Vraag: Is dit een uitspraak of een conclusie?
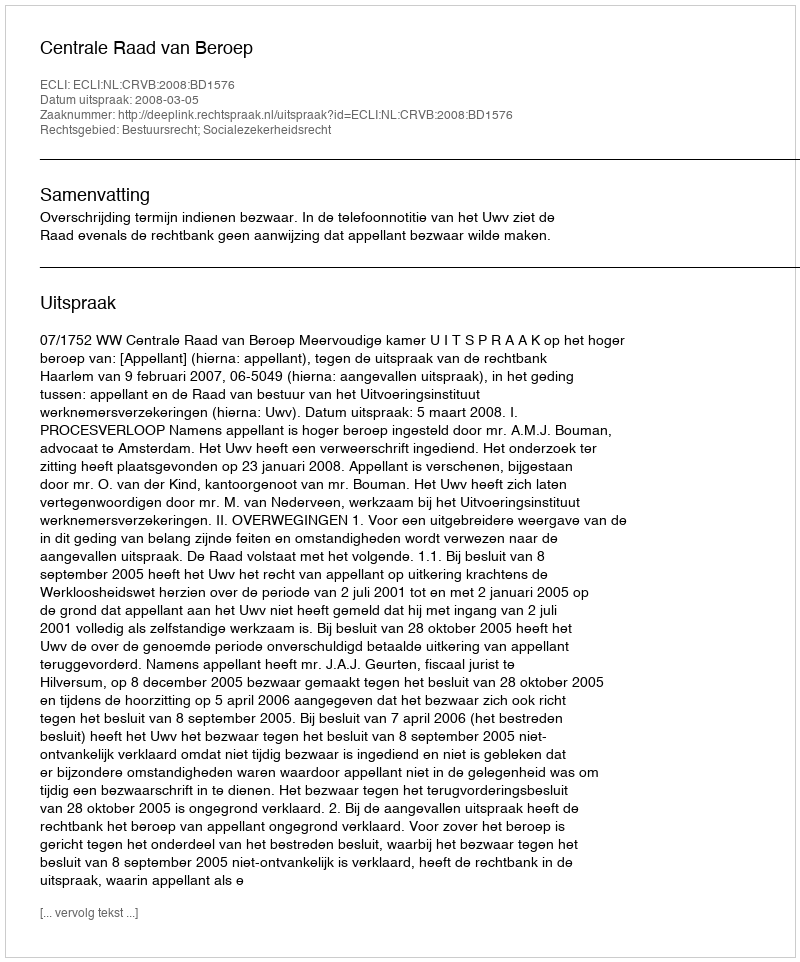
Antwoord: Uitspraak